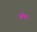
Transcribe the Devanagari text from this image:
बवेरु